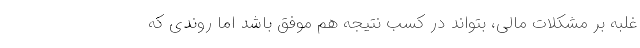
غلبه بر مشکلات مالی، بتواند در کسب نتیجه هم موفق باشد اما روندی که